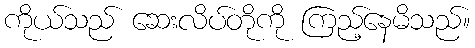
ကိုယ်သည် ဆေးလိပ်တိုကို ကြည့်နေမိသည်။